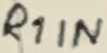
Text: R1IN